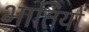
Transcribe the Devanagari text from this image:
भातियों